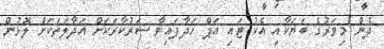
ދެން މިވަރުގެ ބަޔަކާއި އެކު ޓައި އަޕް ހަދާފައިވާ ސަރުކާރަކަށް އަދާލަތަކަށް ލޮޅުން